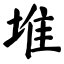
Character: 堆